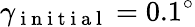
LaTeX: \gamma_{\mathrm{~i~n~i~t~i~a~l~}}=0.1^{\circ}